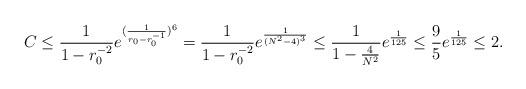
LaTeX: \begin{align*}C&\leq \frac{1}{1-r_0^{-2}}e^{(\frac{1}{r_0-r_0^{-1}})^6}=\frac{1}{1-r_0^{-2}}e^{\frac{1}{(N^2-4)^3}}\leq \frac{1}{1-\frac{4}{N^2}} e^{\frac{1}{125}}\leq \frac{9}{5} e^{\frac{1}{125}}\leq 2.\end{align*}